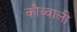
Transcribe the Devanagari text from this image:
कौव्वाली